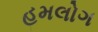
હમલોગ